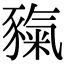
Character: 𧱲